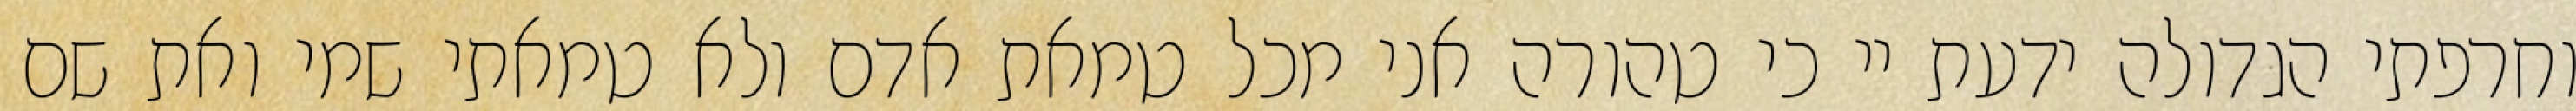
וחרפתי הגדולה ידעת יי כי טהורה אני מכל טמאת אדם ולא טמאתי שמי ואת שם